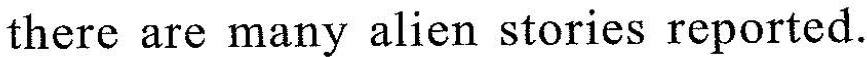
there are many alien stories reported.